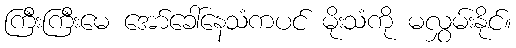
ကြီးကြီးမေ အော်ခေါ်နေသံကပင် မိုးသံကို မလွှမ်းနိုင်။